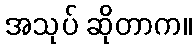
အသုပ် ဆိုတာက။